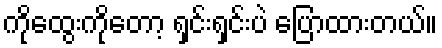
ကိုထွေးကိုတော့ ရှင်းရှင်းပဲ ပြောထားတယ်။